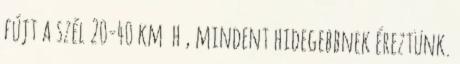
fújt a szél 20-40 km h , mindent hidegebbnek éreztünk.